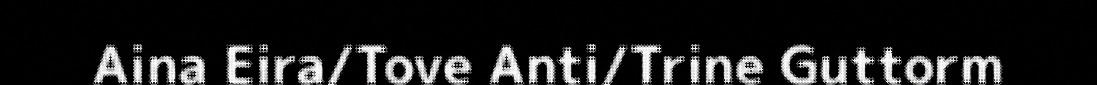
Aina Eira/Tove Anti/Trine Guttorm